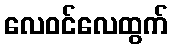
လေဝင်လေထွက်